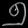
Digit: ၅